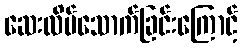
ဆေးလိပ်သောက်ခြင်းကြောင့်